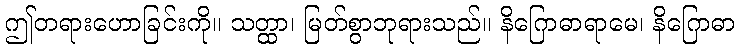
ဤတရားဟောခြင်းကို။ သတ္ထာ၊ မြတ်စွာဘုရားသည်။ နိဂြောဓာရာမေ၊ နိဂြောဓာ